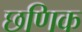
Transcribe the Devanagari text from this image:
छणिक